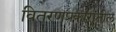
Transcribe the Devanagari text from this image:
वितरणप्रकारांतील